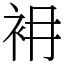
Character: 衻